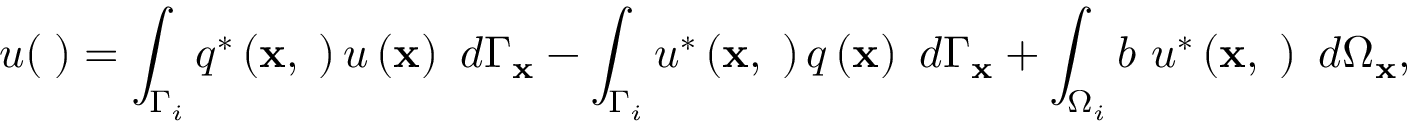
u ( { \mathbf \xi } ) = \int _ { \Gamma _ { i } } q ^ { * } \left( \mathbf { x } , { \mathbf \xi } \right) u \left( \mathbf { x } \right) \ d \Gamma _ { \mathbf { x } } - \int _ { \Gamma _ { i } } u ^ { * } \left( \mathbf { x } , { \mathbf \xi } \right) q \left( \mathbf { x } \right) \ d \Gamma _ { \mathbf { x } } + \int _ { \Omega _ { i } } b \ u ^ { * } \left( \mathbf { x } , { \mathbf \xi } \right) \ d \Omega _ { \mathbf { x } } ,